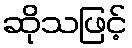
ဆိုသဖြင့်